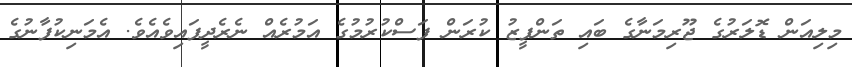
މިލިއަން ޑޮލަރުގެ ޖޫރިމަނާގެ ބައި ތަންފީޒު ކުރަން ފަސްކުރުމުގެ އަމުރެއް ނެރެދީފައިވެއެވެ. އެމަނިކުފާނުގެ